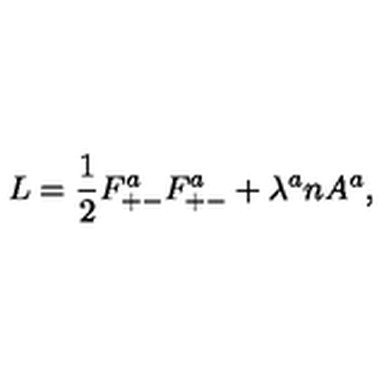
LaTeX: L = { \frac { 1 } { 2 } } F _ { + - } ^ { a } F _ { + - } ^ { a } + \lambda ^ { a } n A ^ { a } ,